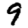
Digit: 9